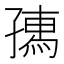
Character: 𡦗